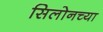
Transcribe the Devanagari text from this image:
सिलोनच्या